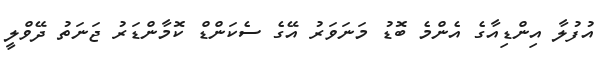
އުފުލާ އިންޑިއާގެ އެންމެ ބޮޑު މަނަވަރު އޭގެ ސެކަންޑް ކޮމާންޑަރު ޖަނަތު ދޭވްލީ